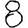
Digit: 8